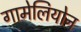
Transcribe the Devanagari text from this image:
गामेलियोन